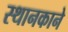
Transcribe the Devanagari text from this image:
स्थानकाने